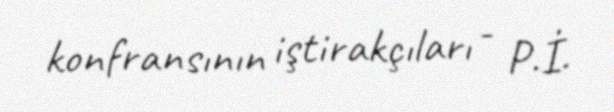
konfransının iştirakçıları - P.İ.